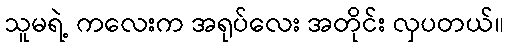
သူမရဲ့ ကလေးက အရုပ်လေး အတိုင်း လှပတယ်။